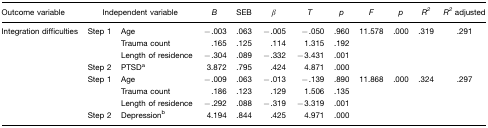
| Outcome variable | <COLSPAN=2> Independent variable | B | SEB | β | T | p | F | p | R2 | R2 adjusted |
 | --- | --- | --- | --- | --- | --- | --- | --- | --- | --- | --- | --- |
 | Integration difficulties | Step 1 | Age | −.003 | .063 | −.005 | −.050 | .960 | 11.578 | .000 | .319 | .291 |
 |  |  | Trauma count | .165 | .125 | .114 | 1.315 | .192 |  |  |  |  |
 |  |  | Length of residence | −.304 | .089 | −.332 | −3.431 | .001 |  |  |  |  |
 |  | Step 2 | PTSDa | 3.872 | .795 | .424 | 4.871 | .000 |  |  |  |  |
 |  | Step 1 | Age | −.009 | .063 | −.013 | −.139 | .890 | 11.868 | .000 | .324 | .297 |
 |  |  | Trauma count | .186 | .123 | .129 | 1.506 | .135 |  |  |  |  |
 |  |  | Length of residence | −.292 | .088 | −.319 | −3.319 | .001 |  |  |  |  |
 |  | Step 2 | Depressionb | 4.194 | .844 | .425 | 4.971 | .000 |  |  |  |  |